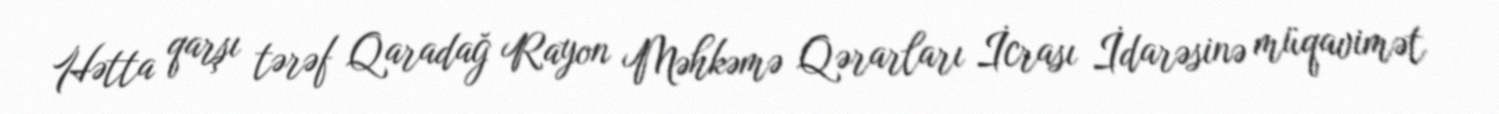
Hətta qarşı tərəf Qaradağ Rayon Məhkəmə Qərarları İcrası İdarəsinə müqavimət